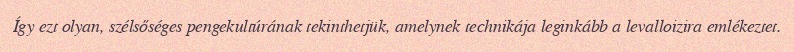
Így ezt olyan, szélsőséges pengekultúrának tekinthetjük, amelynek technikája leginkább a levalloizira emlékeztet.